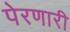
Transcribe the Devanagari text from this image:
पेरणारी